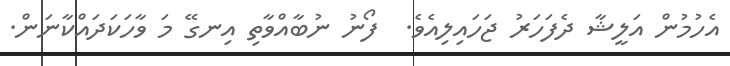
އެހުމުން އަލީޝާ ދެފަހަރު ޖަހައިލިއެވެ.  ފޯނު ނުބާއްވާތި އިނގޭ މަ ވާހަކަދައްކާނަން.